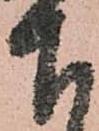
下